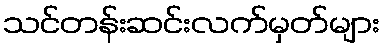
သင်တန်းဆင်းလက်မှတ်များ